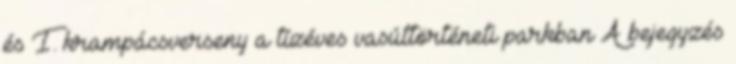
és I. krampácsverseny a tízéves vasúttörténeti parkban A bejegyzés